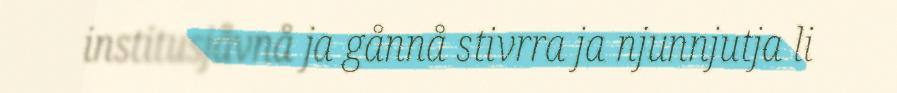
institusjåvnå ja gånnå stivrra ja njunnjutja li